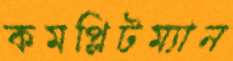
কমপ্লিটম্যান